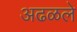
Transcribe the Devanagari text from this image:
अढळले